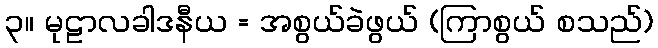
၃။ မုဠာလခါဒနီယ = အစွယ်ခဲဖွယ် (ကြာစွယ် စသည်)